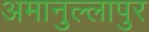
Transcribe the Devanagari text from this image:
अमानुल्लापुर